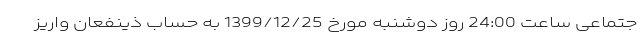
جتماعی ساعت 24:00 روز دوشنبه مورخ 1399/12/25 به حساب ذینفعان واریز